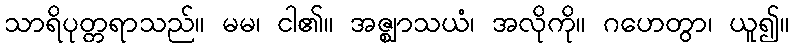
သာရိပုတ္တရာသည်။ မမ၊ ငါ၏။ အဇ္ဈာသယံ၊ အလိုကို။ ဂဟေတွာ၊ ယူ၍။